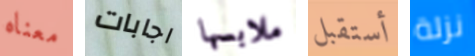
معناه اجابات ملابسها أستقبل نزلة